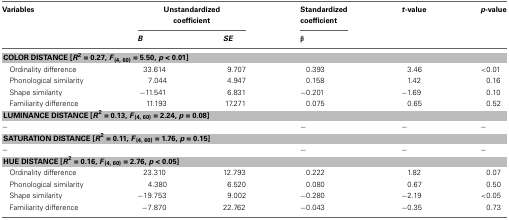
| Variables | <COLSPAN=2> Unstandardized coefficient | Standardized coefficient | t-value | p-value |
 |  | B | SE | β |  |  |
 | --- | --- | --- | --- | --- | --- |
 | <COLSPAN=6> COLOR DISTANCE [R2 = 0.27, F(4, 60) = 5.50, p < 0.01] |
 | Ordinality difference | 33.614 | 9.707 | 0.393 | 3.46 | <0.01 |
 | Phonological similarity | 7.044 | 4.947 | 0.158 | 1.42 | 0.16 |
 | Shape similarity | −11.541 | 6.831 | −0.201 | −1.69 | 0.10 |
 | Familiarity difference | 11.193 | 17.271 | 0.075 | 0.65 | 0.52 |
 | <COLSPAN=6> LUMINANCE DISTANCE [R2 = 0.13, F(4, 60) = 2.24, p = 0.08] |
 | − |  |  | − | − | − |
 | <COLSPAN=6> SATURATION DISTANCE [R2 = 0.11, F(4, 60) = 1.76, p = 0.15] |
 | − |  |  | − | − | − |
 | <COLSPAN=6> HUE DISTANCE [R2 = 0.16, F(4, 60) = 2.76, p < 0.05] |
 | Ordinality difference | 23.310 | 12.793 | 0.222 | 1.82 | 0.07 |
 | Phonological similarity | 4.380 | 6.520 | 0.080 | 0.67 | 0.50 |
 | Shape similarity | −19.753 | 9.002 | −0.280 | −2.19 | <0.05 |
 | Familiarity difference | −7.870 | 22.762 | −0.043 | −0.35 | 0.73 |